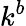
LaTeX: k^{b}